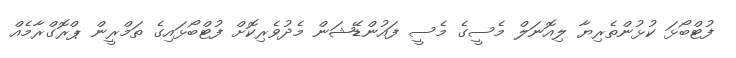
ފުޓްބޯޅަ ކުޅުންތެރިޔާ ލިއޮނަލް މެސީގެ މެސީ ފައުންޑޭޝަން މެދުވެރިކޮށް ފުޓްބޯޅައިގެ ތަމްރީން ޕްރޮގްރާމެއް